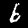
Digit: 6